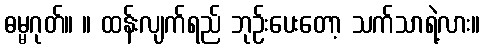
ဓမ္မဂုတ်။ ။ ထန်းလျက်ရည် ဘုဉ်းပေးတော့ သက်သာရဲ့လား။